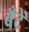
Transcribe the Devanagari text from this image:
बँटें